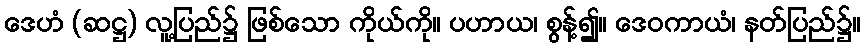
ဒေဟံ (ဆဋ္ဌ) လူ့ပြည်၌ ဖြစ်သော ကိုယ်ကို။ ပဟာယ၊ စွန့်၍။ ဒေဝကာယံ၊ နတ်ပြည်၌။